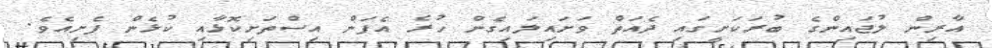
އާރިން ލުޖައިންގެ ބުރަކަށީގައި ދެއަތް ވަށައިލައިގެން ހުރެ އެފަން އިސްތަށިކޮޅާއި ކުޅެން ފެށިއެވެ.